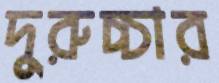
দুরুচ্চার